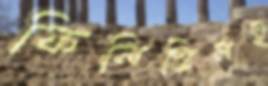
ফিলিস্তিনই